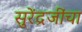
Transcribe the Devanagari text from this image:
सुरेंद्रजींचा